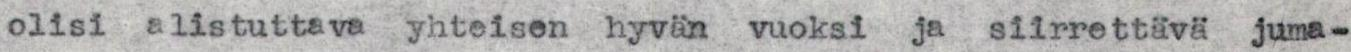
olisi alistuttava yhteisen hyvän vuoksi ja siirrettävä juma-